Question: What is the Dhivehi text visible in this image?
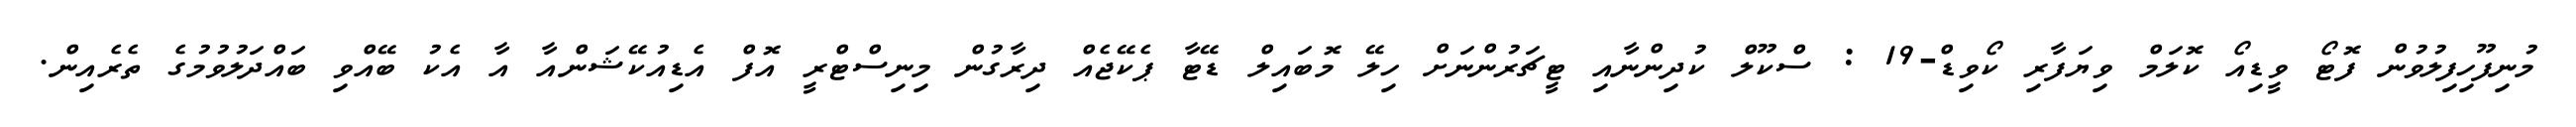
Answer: މުނިފޫހިފިލުވުން ފޮޓޯ ވީޑިއޯ ކޮލަމް ވިޔަފާރި ކޯވިޑް-19 : ސްކޫލް ކުދިންނާއި ޓީޗަރުންނަށް ހިލޭ މޮބައިލް ޑޭޓާ ޕެކޭޖެއް ދިރާގުން މިނިސްޓްރީ އޮފް އެޑިއުކޭޝަންއާ އާ އެކު ބޭއްވި ބައްދަލުވުމުގެ ތެރެއިން.